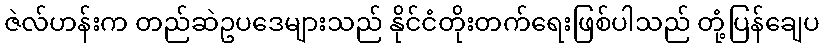
ဇဲလ်ဟန်းက တည်ဆဲဥပဒေများသည် နိုင်ငံတိုးတက်ရေးဖြစ်ပါသည် တုံ့ပြန်ချေပ